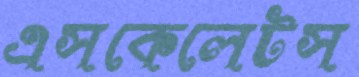
এসকেলেটস